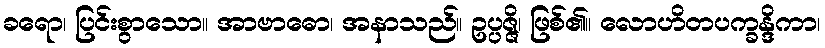
ခရော၊ ပြင်းစွာသော။ အာဗာဓော၊ အနာသည်။ ဥပ္ပဇ္ဇိ၊ ဖြစ်၏။ လောဟိတပက္ခန္ဒိကာ၊